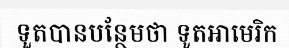
ទួតបានបន្ថែមថា ទូតអាមេរិក